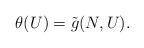
LaTeX: \begin{align*}\theta (U)=\tilde{g}(N,U). \end{align*}